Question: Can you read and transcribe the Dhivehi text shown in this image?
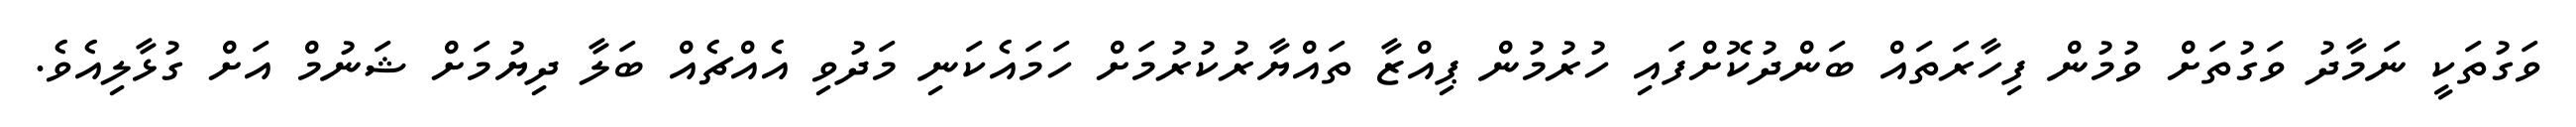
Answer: ވަގުތަކީ ނަމާދު ވަގުތަށް ވުމުން ފިހާރަތައް ބަންދުކޮށްފައި ހުރުމުން ޕިއްޒާ ތައްޔާރުކުރުމަށް ހަމައެކަނި މަދުވި އެއްޗެއް ބަލާ ދިޔުމަށް ޝަނުމް އަށް ގުޅާލިއެވެ.